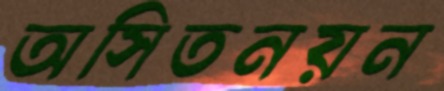
অসিতনয়ন